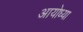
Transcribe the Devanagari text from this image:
अायोध्या